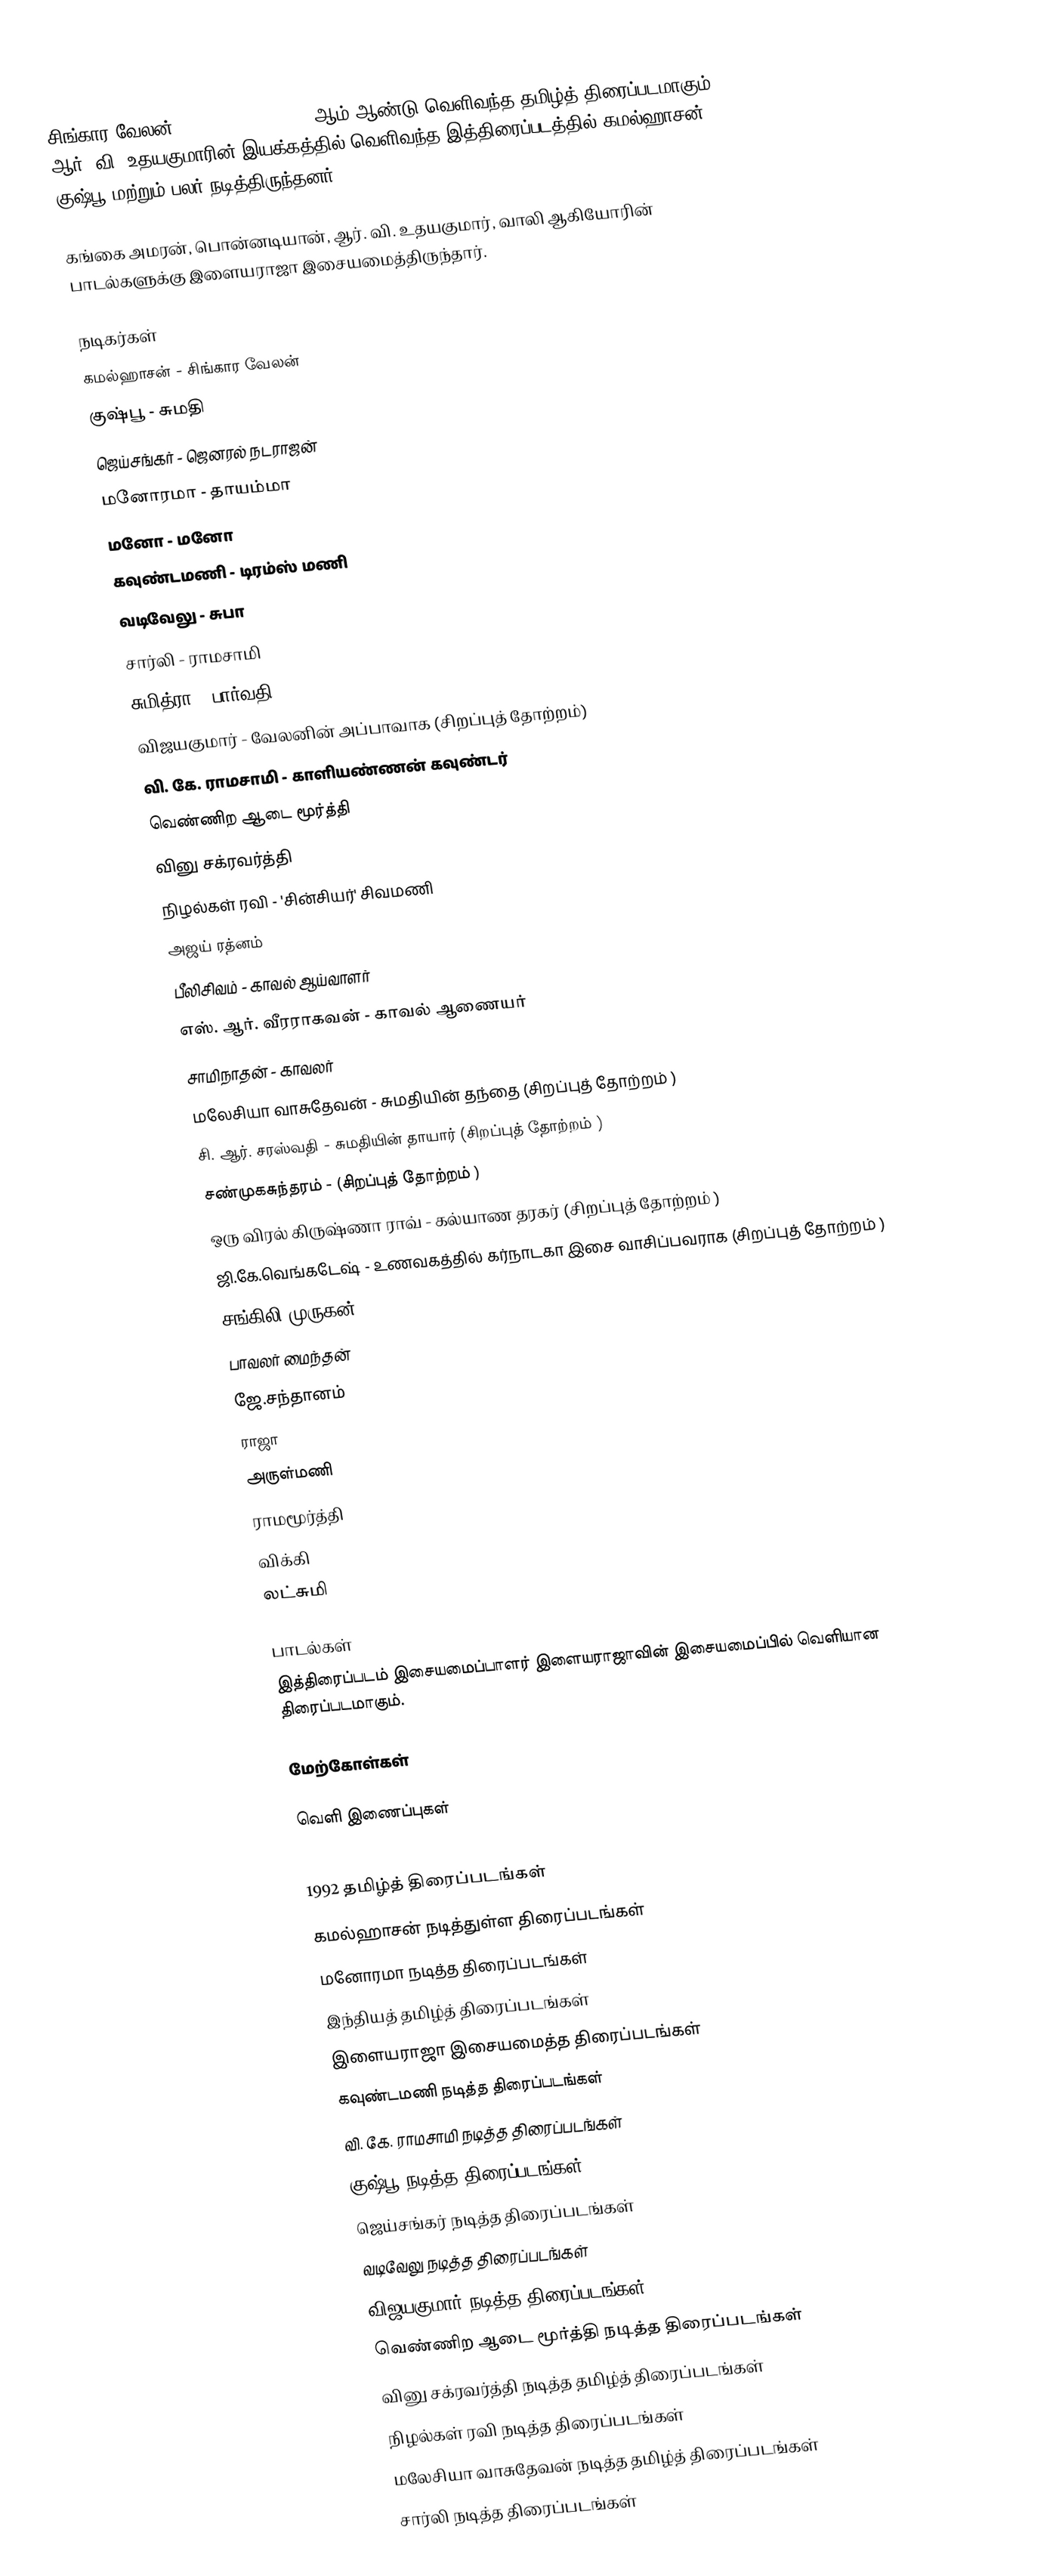
சிங்கார வேலன் (Singaravelan) 1992 ஆம் ஆண்டு வெளிவந்த தமிழ்த் திரைப்படமாகும். ஆர். வி. உதயகுமாரின் இயக்கத்தில் வெளிவந்த இத்திரைப்படத்தில் கமல்ஹாசன், குஷ்பூ மற்றும் பலர் நடித்திருந்தனர்.

கங்கை அமரன், பொன்னடியான், ஆர். வி. உதயகுமார், வாலி ஆகியோரின் பாடல்களுக்கு இளையராஜா இசையமைத்திருந்தார்.

நடிகர்கள்
கமல்ஹாசன் - சிங்கார வேலன்
குஷ்பூ - சுமதி
ஜெய்சங்கர் - ஜெனரல் நடராஜன்
மனோரமா - தாயம்மா
மனோ - மனோ
கவுண்டமணி - டிரம்ஸ் மணி
வடிவேலு - சுபா
சார்லி - ராமசாமி
சுமித்ரா - பார்வதி
விஜயகுமார் - வேலனின் அப்பாவாக (சிறப்புத் தோற்றம்)
வி. கே. ராமசாமி - காளியண்ணன் கவுண்டர்
வெண்ணிற ஆடை மூர்த்தி
வினு சக்ரவர்த்தி
நிழல்கள் ரவி - 'சின்சியர்' சிவமணி
அஜய் ரத்னம்
பீலிசிவம் - காவல் ஆய்வாளர்
எஸ். ஆர். வீரராகவன் - காவல் ஆணையர்
சாமிநாதன் - காவலர்
மலேசியா வாசுதேவன் - சுமதியின் தந்தை (சிறப்புத் தோற்றம் )
சி. ஆர். சரஸ்வதி - சுமதியின் தாயார் (சிறப்புத் தோற்றம் )
சண்முகசுந்தரம் - (சிறப்புத் தோற்றம் )
ஒரு விரல் கிருஷ்ணா ராவ் - கல்யாண தரகர் (சிறப்புத் தோற்றம் )
ஜி.கே.வெங்கடேஷ் - உணவகத்தில் கர்நாடகா இசை வாசிப்பவராக (சிறப்புத் தோற்றம் )
சங்கிலி முருகன்
பாவலர் மைந்தன்
ஜே.சந்தானம்
ராஜா
அருள்மணி
ராமமூர்த்தி
விக்கி
லட்சுமி

பாடல்கள்
இத்திரைப்படம் இசையமைப்பாளர் இளையராஜாவின்  இசையமைப்பில் வெளியான திரைப்படமாகும்.

மேற்கோள்கள்

வெளி இணைப்புகள்

1992 தமிழ்த் திரைப்படங்கள்
கமல்ஹாசன் நடித்துள்ள திரைப்படங்கள்
மனோரமா நடித்த திரைப்படங்கள்
இந்தியத் தமிழ்த் திரைப்படங்கள்
இளையராஜா இசையமைத்த திரைப்படங்கள்
கவுண்டமணி நடித்த திரைப்படங்கள்
வி. கே. ராமசாமி நடித்த திரைப்படங்கள்
குஷ்பூ நடித்த திரைப்படங்கள்
ஜெய்சங்கர் நடித்த திரைப்படங்கள்
வடிவேலு நடித்த திரைப்படங்கள்
விஜயகுமார் நடித்த திரைப்படங்கள்
வெண்ணிற ஆடை மூர்த்தி நடித்த திரைப்படங்கள்
வினு சக்ரவர்த்தி நடித்த தமிழ்த் திரைப்படங்கள்
நிழல்கள் ரவி நடித்த திரைப்படங்கள்
மலேசியா வாசுதேவன் நடித்த தமிழ்த் திரைப்படங்கள்
சார்லி நடித்த திரைப்படங்கள்